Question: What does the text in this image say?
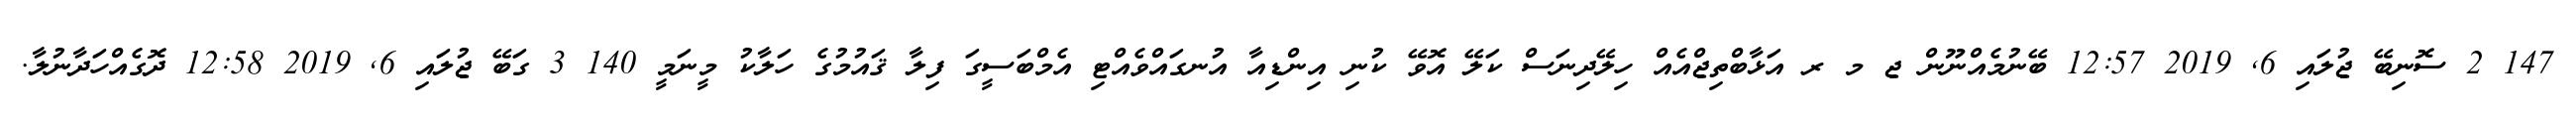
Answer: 147 2 ސޮނިބޭ ޖުލައި 6, 2019 12:57 ބޭނުމެއްނޫން ޖ މ ރ އަޅާބްތިޖްއެއް ހިލޭދިނަސް ކަލޭ އޮވޭ ކުނި އިންޑިއާ އުނގައްވެއްޓި އެމްބަސީގަ ފިލާ ޤައުމުގެ ހަލާކު މީނަމީ 140 3 ގަބޭ ޖުލައި 6, 2019 12:58 ދޮގެއްހަދާނުލާ.